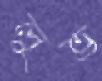
লুভ